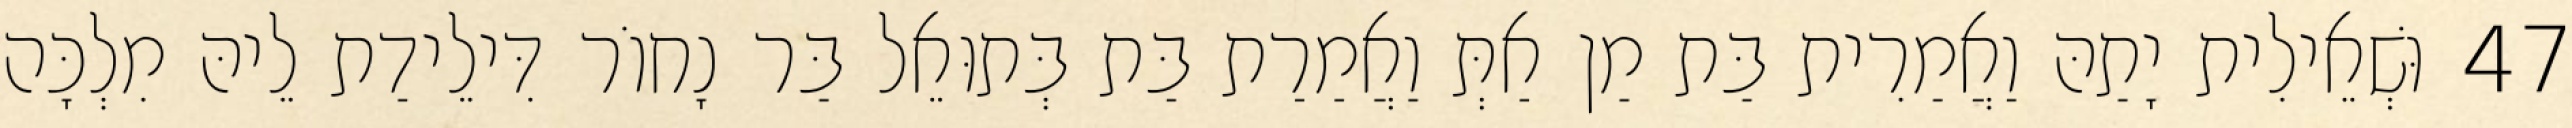
47 וּשְׁאֵילִית יָתַהּ וַאֲמַרִית בַּת מַן אַתְּ וַאֲמַרַת בַּת בְּתוּאֵל בַּר נָחוֹר דִּילֵידַת לֵיהּ מִלְכָּה